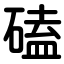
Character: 磕